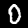
Label: 0